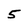
Character: 5